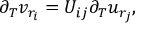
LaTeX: \partial _ { T } v _ { r _ { i } } = U _ { i j } \partial _ { T } u _ { r _ { j } } ,